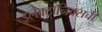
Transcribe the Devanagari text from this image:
इलेक्ट्रॉनिक्सची